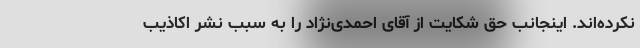
نکرده‌اند. اینجانب حق شکایت از آقای احمدی‌نژاد را به سبب نشر اکاذیب